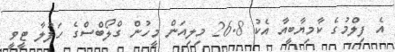
އެ ފިލްމުގެ ކާމިޔާބީއާ އެކު 26.8 މިލިއަން މީހުން ގްލޯބްސްގެ ހަފުލާ ޓީވީ